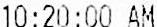
10:20:00 AM